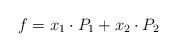
LaTeX: \begin{align*}f = x_{1} \cdot P_1 + x_{2} \cdot P_2\end{align*}